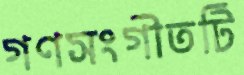
গণসংগীতটি